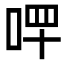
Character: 𠳣